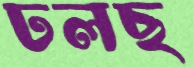
ঢলছ